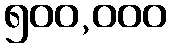
၅၀၀,၀၀၀